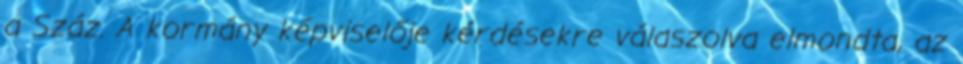
a Száz. A kormány képviselője kérdésekre válaszolva elmondta, az